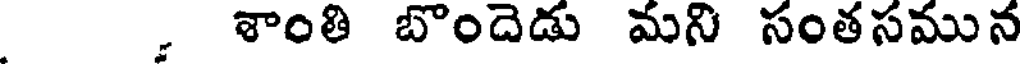
శాంతి బొందెడు మని సంతసమున